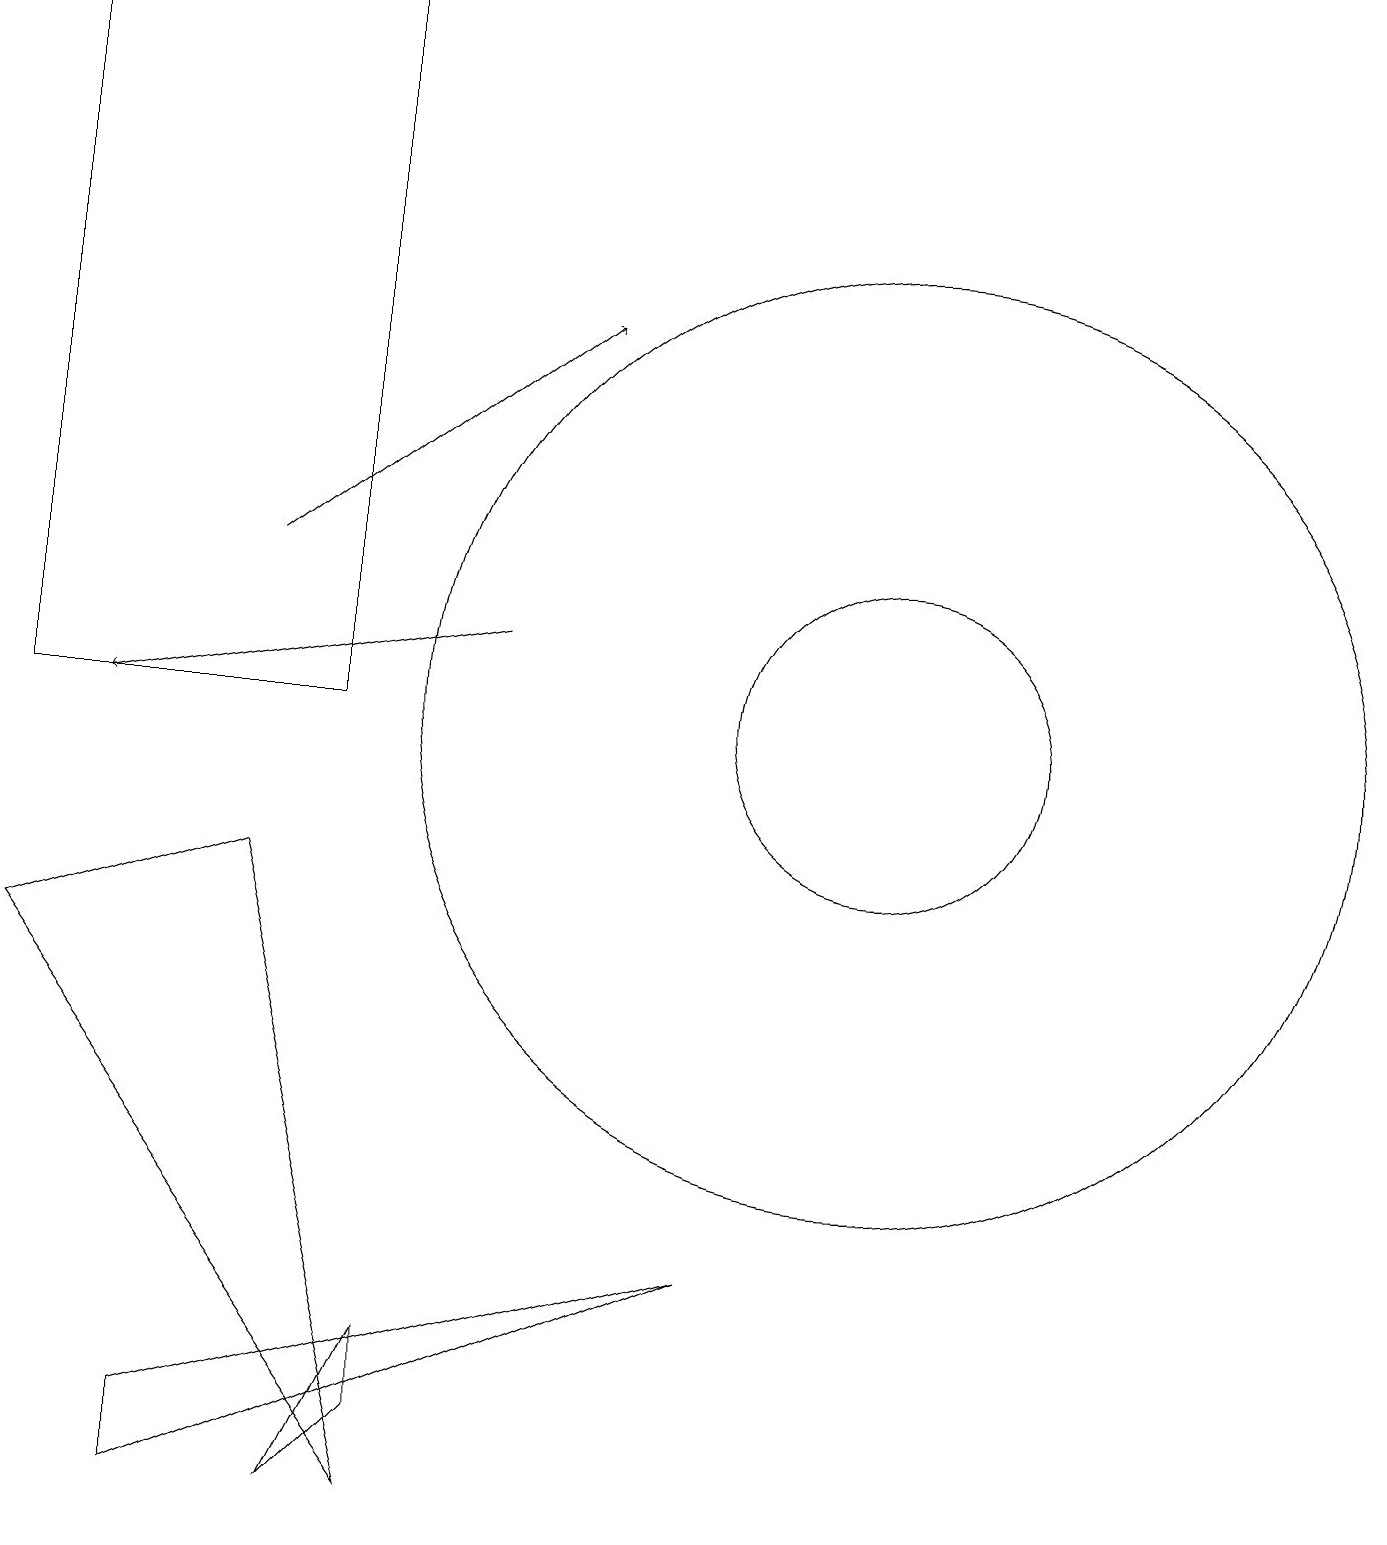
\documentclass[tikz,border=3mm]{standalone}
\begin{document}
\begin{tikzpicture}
\draw[->] (3,12) -- (7,15);
\draw (9,3) -- (2,1) -- (2,0) -- cycle;
\draw (5,2) -- (5,1) -- (4,0) -- cycle;
\draw (3,8) -- (5,0) -- (0,7) -- cycle;
\draw (11,10) circle (6);
\draw[->] (6,11) -- (1,10);
\draw (4,10) rectangle (0,19);
\draw (11,10) circle (2);
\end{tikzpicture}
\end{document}